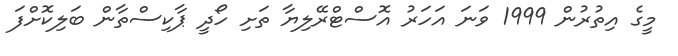
މީގެ އިތުރުން 1999 ވަނަ އަހަރު އޮސްޓްރޭލިޔާ ތަށި ހޯދީ ޕާކިސްތާން ބަލިކޮށްފަ